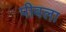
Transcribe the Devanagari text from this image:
पीवला